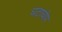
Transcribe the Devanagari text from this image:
घटाघोप